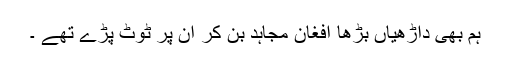
ہم بھی داڑھیاں بڑھا افغان مجاہد بن کر ان پر ٹوٹ پڑے تھے ۔